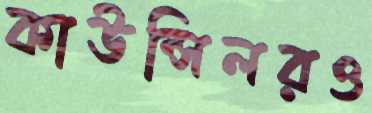
কাউন্সিলরও